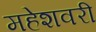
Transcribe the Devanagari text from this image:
महेशवरी